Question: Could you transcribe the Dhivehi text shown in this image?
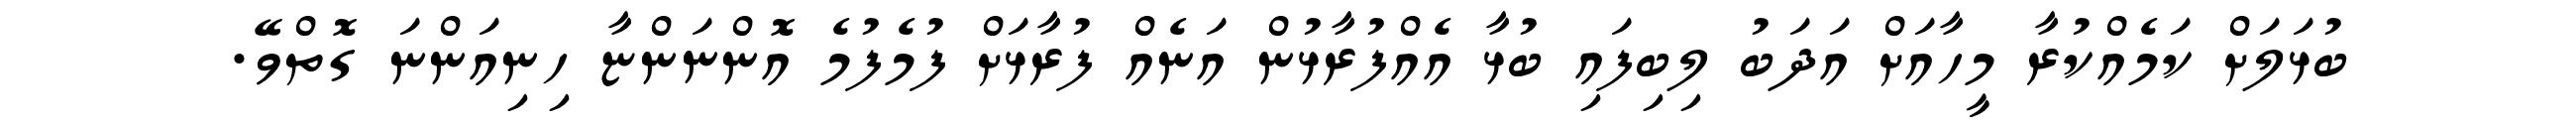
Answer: ބުޅަލަށް ކަމެއްކުރާ މީހާއަށް އަދަބު ލިބިފައި ބުޅާ އެއްފުރާޅުން އަނެއް ފުރާޅަށް ފުމެފުމެ އޮންނަންޏާ ހިނިއަންނަ ގޮތްވޭ.